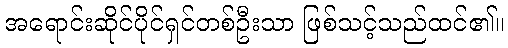
အရောင်းဆိုင်ပိုင်ရှင်တစ်ဦးသာ ဖြစ်သင့်သည်ထင်၏။